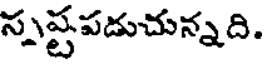
స్పష్టపడుచున్నది.